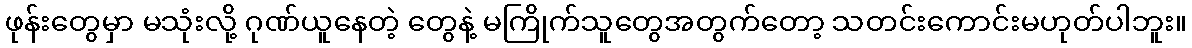
ဖုန်းတွေမှာ မသုံးလို့ ဂုဏ်ယူနေတဲ့ တွေနဲ့ မကြိုက်သူတွေအတွက်တော့ သတင်းကောင်းမဟုတ်ပါဘူး။